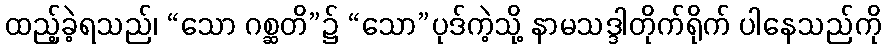
ထည့်ခဲ့ရသည်၊ “သော ဂစ္ဆတိ”၌ “သော”ပုဒ်ကဲ့သို့ နာမသဒ္ဒါတိုက်ရိုက် ပါနေသည်ကို